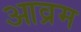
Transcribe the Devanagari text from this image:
आव्रम